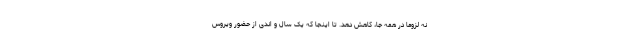
نه لزوما در همه جا، کاهش دهد. تا اینجا که یک سال و اندی از حضور ویروس